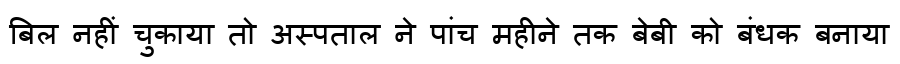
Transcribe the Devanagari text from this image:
बिल नहीं चुकाया तो अस्पताल ने पांच महीने तक बेबी को बंधक बनाया